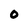
Character: 0